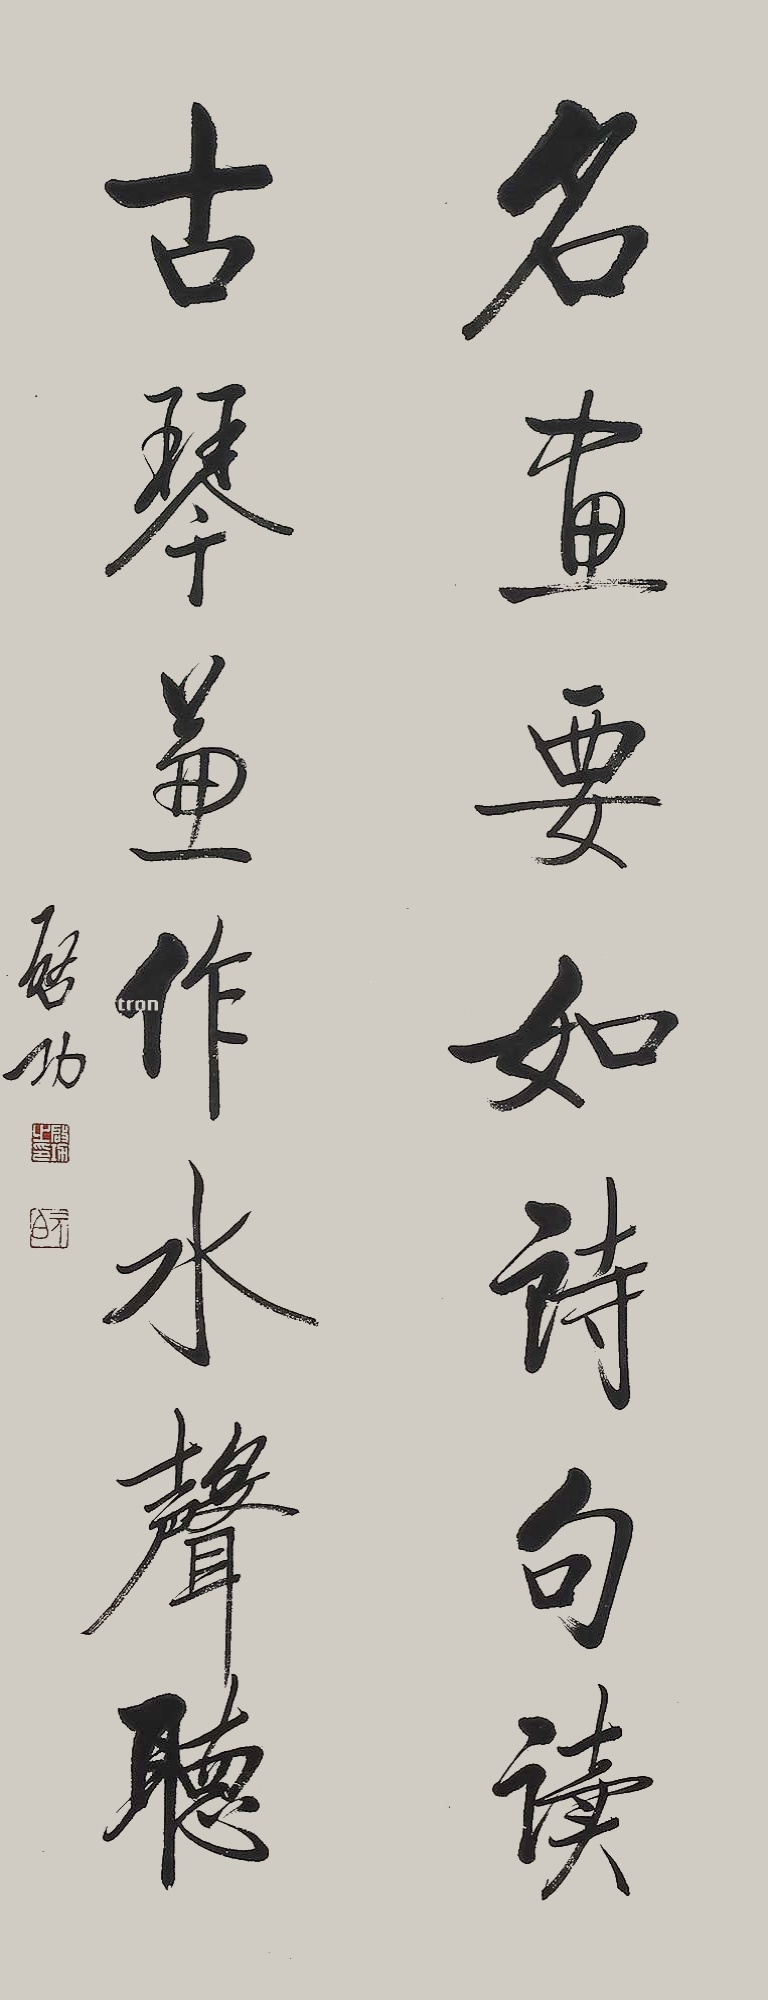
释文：名画要如诗句读，古琴兼做水声听。启功。